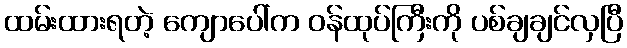
ထမ်းထားရတဲ့ ကျောပေါ်က ဝန်ထုပ်ကြီးကို ပစ်ချချင်လှပြီ